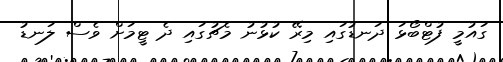
ގައުމީ ފުޓްބޯޅަ ދަނޑުގައި މިރޭ ކުޅުނު މެޗުގައި ދެ ޓީމަށް ވެސް ލަނޑު